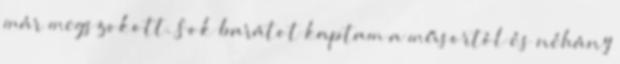
már megszokott. Sok barátot kaptam a műsortól és néhány